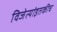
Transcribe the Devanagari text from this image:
विजेत्यांइतकीच